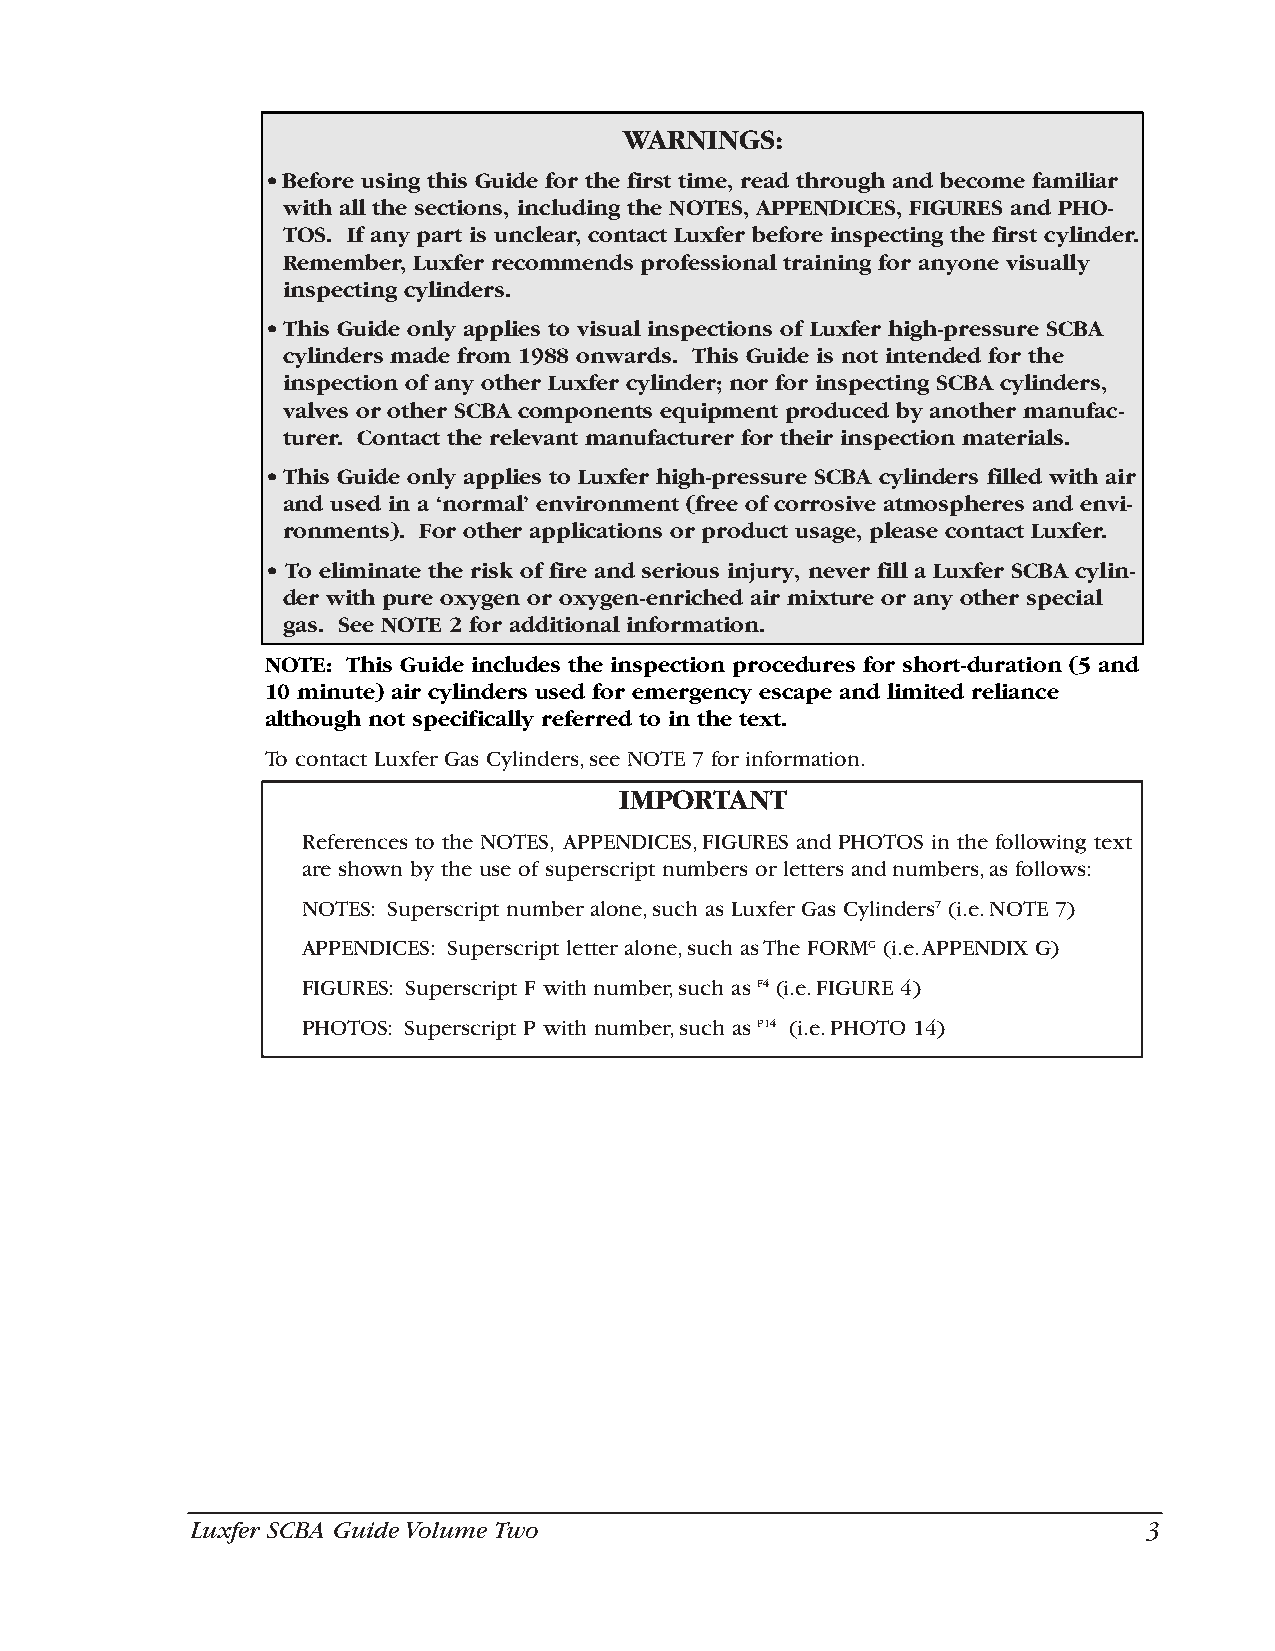
WARNINGS:
 •Before using this Guide for the first time, read through and become familiar
 with all the sections, including the NOTES, APPENDICES, FIGURES and PHO-
 TOS. If any part is unclear, contact Luxfer before inspecting the first cylinder.
 Remember, Luxfer recommends professional training for anyone visually
 inspecting cylinders.
 •This Guide only applies to visual inspections of Luxfer high-pressure SCBA
 cylinders made from 1988 onwards. This Guide is not intended for the
 inspection of any other Luxfer cylinder; nor for inspecting SCBA cylinders,
 valves or other SCBA components equipment produced by another manufac-
 turer. Contact the relevant manufacturer for their inspection materials.
 •This Guide only applies to Luxfer high-pressure SCBA cylinders filled with air
 and used in a ‘normal’ environment (free of corrosive atmospheres and envi-
 ronments). For other applications or product usage, please contact Luxfer.
 • To eliminate the risk of fire and serious injury, never fill a Luxfer SCBA cylin-
 der with pure oxygen or oxygen-enriched air mixture or any other special
 gas. See NOTE 2 for additional information.
 NOTE: This Guide includes the inspection procedures for short-duration (5 and
 10 minute) air cylinders used for emergency escape and limited reliance
 although not specifically referred to in the text.
 To contact Luxfer Gas Cylinders,see NOTE 7 for information.
 IMPORTANT
 References to the NOTES, APPENDICES,FIGURES and PHOTOS in the following text
 are shown by the use of superscript numbers or letters and numbers,as follows:
 NOTES: Superscript number alone,such as Luxfer Gas Cylinders7 (i.e.NOTE 7)
 APPENDICES: Superscript letter alone,such as The FORMG (i.e.APPENDIX G)
 FIGURES: Superscript F with number,such as F4 (i.e.FIGURE 4)
 PHOTOS: Superscript P with number,such as P14 (i.e.PHOTO 14)
 Luxfer SCBA Guide Volume Two                                   3